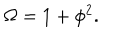
\Omega = 1 + \phi ^ { 2 } .